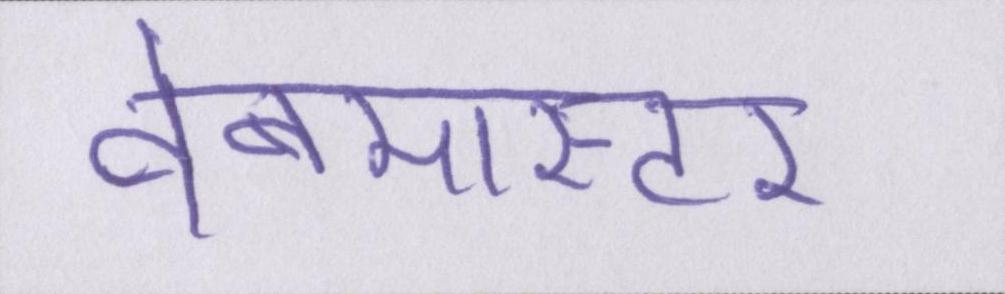
वेबमास्टर